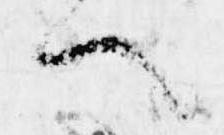
へ